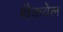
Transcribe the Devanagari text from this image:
थैकवेल